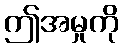
ဤအမှုကို